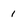
Character: I